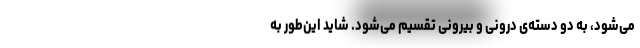
می‌شود، به دو دسته‌ی درونی و بیرونی تقسیم می‌شود. شاید این‌طور به